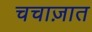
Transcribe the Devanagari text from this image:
चचाज़ात